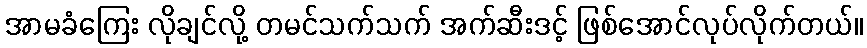
အာမခံကြေး လိုချင်လို့ တမင်သက်သက် အက်ဆီးဒင့် ဖြစ်အောင်လုပ်လိုက်တယ်။